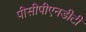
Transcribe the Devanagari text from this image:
पीसीपीएनडीटी